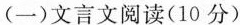
(一)文言文阅读(10分)